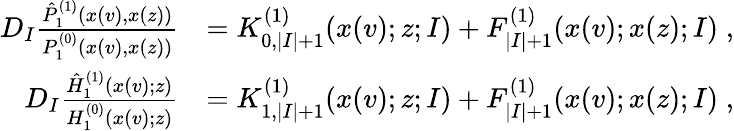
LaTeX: \begin{array}{rl}{D_{I}\frac{\hat{P}_{1}^{(1)}(x(v),x(z))}{P_{1}^{(0)}(x(v),x(z))}}&{=K_{0,|I|+1}^{(1)}(x(v);z;I)+F_{|I|+1}^{(1)}(x(v);x(z);I)\; ,}\\ {D_{I}\frac{\hat{H}_{1}^{(1)}(x(v);z)}{H_{1}^{(0)}(x(v);z)}}&{=K_{1,|I|+1}^{(1)}(x(v);z;I)+F_{|I|+1}^{(1)}(x(v);x(z);I)\; ,}\end{array}